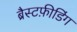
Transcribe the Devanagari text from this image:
ब्रैस्टफ़ीडिंग